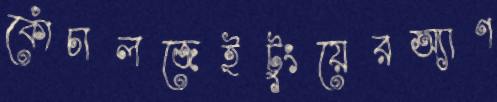
কোঁচালজেইটুংয়েরঅ্যাণ